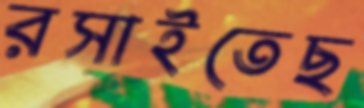
রসাইতেছ